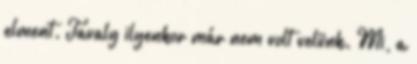
elment. Tavaly ilyenkor már nem volt velünk. Mi, a